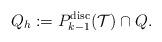
LaTeX: \begin{align*} Q_h := {P}_{k-1}^{\mathrm{disc}}(\mathcal{T}) \cap Q.\end{align*}